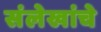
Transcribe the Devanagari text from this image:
संलेखांचे